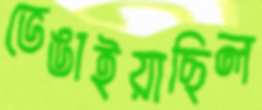
ভেঙাইয়াছিল